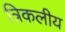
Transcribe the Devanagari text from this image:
त्रिकलीय